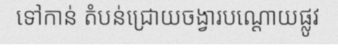
ទៅកាន់ តំបន់ជ្រោយចង្វារបណ្តោយផ្លូវ